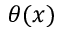
\theta ( x )